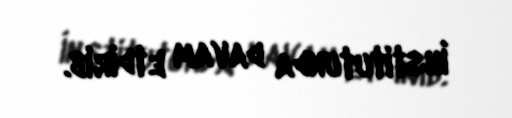
İnstitutunda davam etdirib.